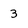
Character: 3